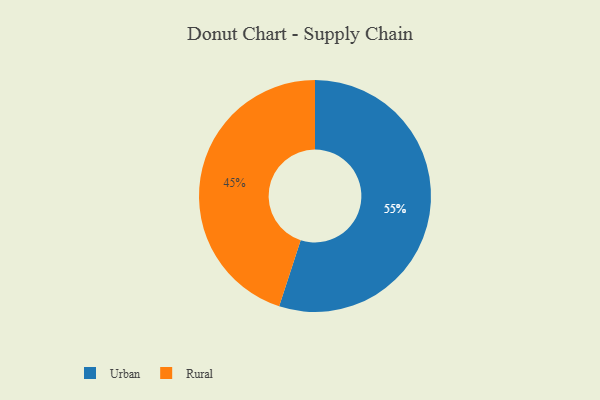
{"axis": {"x": "Category", "y": "Percentage"}, "legend": ["Rural", "Urban"], "data": [{"x": "Urban", "y": 55, "type": "Urban"}, {"x": "Rural", "y": 45, "type": "Rural"}]}